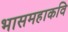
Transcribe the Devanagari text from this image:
भासमहाकवि